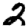
Digit: 2